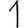
Digit: 1